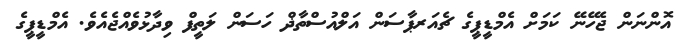
އޮންނަން ޖެހޭނޭ ކަމަށް އެމްޑީޕީގެ ޗެއަރޕާސަން އަލްއުސްތާޛް ހަސަން ލަތީފް ވިދާޅުވެއްޖެއެވެ. އެމްޑީޕީގެ